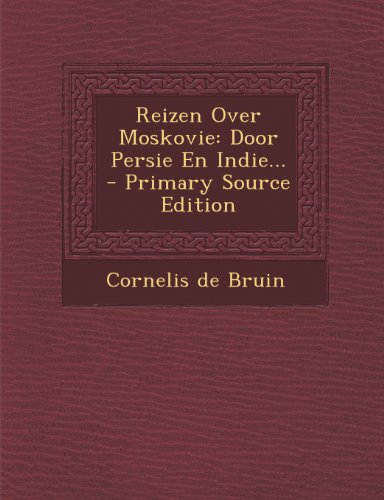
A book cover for Reizen Over Moskovie: Door Persie En Indie... (Dutch Edition); Cornelis de Bruin; History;